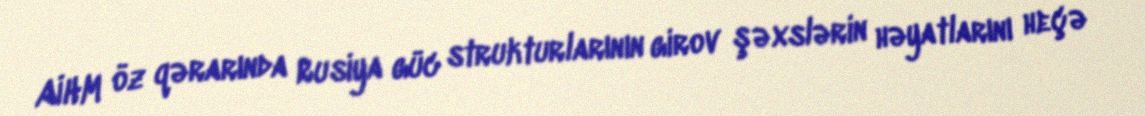
AİHM öz qərarında Rusiya güc strukturlarının girov şəxslərin həyatlarını heçə